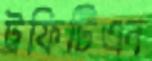
ট্রফিটিএন